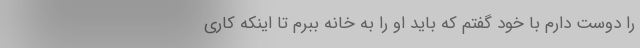
را دوست دارم با خود گفتم که باید او را به خانه ببرم تا اینکه کاری